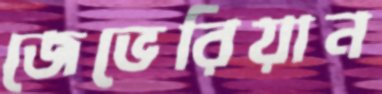
জেভেরিয়ান